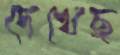
দেখেছ